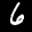
Label: 6